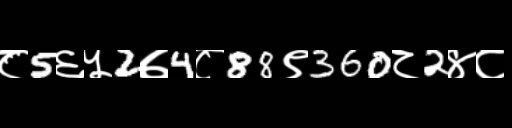
Text: ८5६५2७4८88९360८2४८